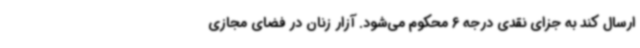
ارسال کند به جزای نقدی درجه 6 محکوم می‌شود. آزار زنان در فضای مجازی